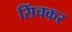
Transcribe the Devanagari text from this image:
सिंचकर